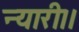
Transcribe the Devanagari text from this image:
न्यारी।।